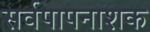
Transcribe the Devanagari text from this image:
सर्वपापनाशक